Note on the mental hospitals in Burma - 1925-1940
Year: 1925
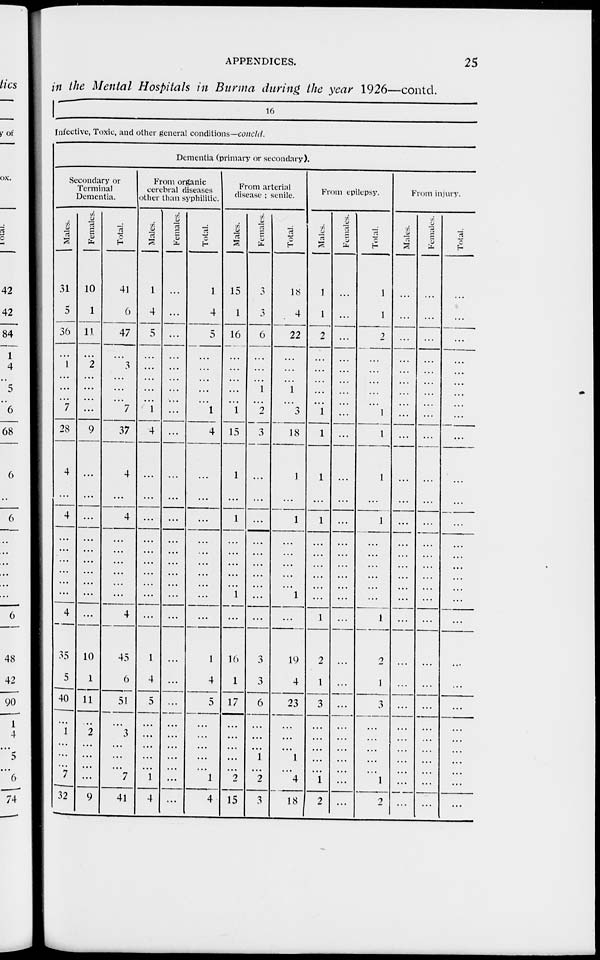
APPENDICES.
25
in the Mental Hospitals in Burma during the year 1926—contd.
16
Infective, Toxic, and other general conditions—concld.
Dementia (primary or secondary).
Secondary or
Terminal
Dementia.
Males.
31
5
36
...
1
...
...
...
7
28
4
...
4
...
...
...
...
...
...
4
35
5
40
...
1
...
...
...
7
32
Females.
10
1
11
...
2
...
...
...
...
9
...
...
...
...
...
...
...
...
...
...
10
1
11
...
2
...
...
...
...
9
Total.
41
6
47
...
3
...
...
...
7
37
4
...
4
...
...
...
...
...
...
4
45
6
51
...
3
...
...
...
7
41
From organic
cerebral diseases
other than syphilitic.
Males.
1
4
5
...
...
...
...
...
1
4
...
...
...
...
...
...
...
...
...
...
1
4
5
...
...
...
...
...
1
4
Females.
...
...
...
...
...
...
...
...
...
...
...
...
...
...
...
...
...
...
...
...
...
...
...
...
...
...
...
...
...
...
Total.
1
4
5
...
...
...
...
...
1
4
...
...
...
...
...
...
...
...
...
...
1
4
5
...
...
...
...
...
1
4
From arterial
disease ; senile.
Males.
15
1
16
...
...
...
...
...
1
15
1
...
1
...
...
...
...
...
1
...
16
1
17
...
...
...
...
...
2
15
Females.
...
3
6
...
...
...
1
...
2
3
...
...
...
...
...
...
...
...
...
...
3
3
6
...
...
...
1
...
2
3
Total.
15
4
22
...
...
...
1
...
3
18
1
...
1
...
...
...
...
...
1
...
19
4
23
...
...
...
1
...
4
18
From epilepsy.
Males.
1
1
2
...
...
...
...
...
1
1
1
...
1
...
...
...
...
...
...
1
2
1
3
...
...
...
...
...
1
2
Females.
...
...
...
...
...
...
...
...
...
...
...
...
...
...
...
...
...
...
...
...
...
...
...
...
...
...
...
...
...
...
Total.
1
1
2
...
...
...
...
...
1
1
1
...
1
...
...
...
...
...
...
1
2
1
3
...
...
...
...
...
1
2
From injury.
Males.
...
...
...
...
...
...
...
...
...
...
...
...
...
...
...
...
...
...
...
...
...
...
...
...
...
...
...
...
...
...
Females.
...
...
...
...
...
...
...
...
...
...
...
...
...
...
...
...
...
...
...
...
...
...
...
...
...
...
...
...
...
...
Total.
...
...
...
...
...
...
...
...
...
...
...
...
...
...
...
...
...
...
...
...
...
...
...
...
...
...
...
...
...
...